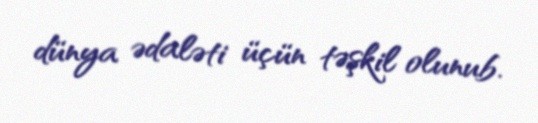
dünya ədaləti üçün təşkil olunub.